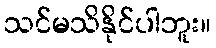
သင်မသိနိုင်ပါဘူး။